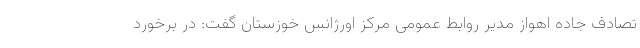
تصادف جاده اهواز مدیر روابط عمومی مرکز اورژانس خوزستان گفت: در برخورد